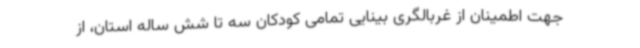
جهت اطمینان از غربالگری بینایی تمامی کودکان سه تا شش ساله استان، از